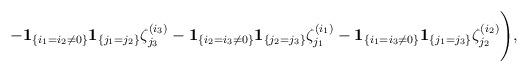
LaTeX: \begin{align*}-\Biggl.{\bf 1}_{\{i_1=i_2\ne 0\}}{\bf 1}_{\{j_1=j_2\}}\zeta_{j_3}^{(i_3)}-{\bf 1}_{\{i_2=i_3\ne 0\}}{\bf 1}_{\{j_2=j_3\}}\zeta_{j_1}^{(i_1)}-{\bf 1}_{\{i_1=i_3\ne 0\}}{\bf 1}_{\{j_1=j_3\}}\zeta_{j_2}^{(i_2)}\Biggr),\end{align*}